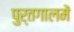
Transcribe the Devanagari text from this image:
पुर्तगालमें